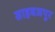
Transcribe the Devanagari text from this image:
साहबजपुर